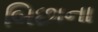
બિછાના